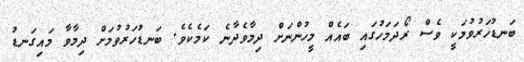
ބަނޑުހަރުވުމަކީ ވެސް ރޯދަމަހުގައި ބައެއް މީހުންނަށް ދިމާވެދާނެ ކަމެކެވެ. ބަނޑުހަރުވުމަށް ދިމާވާ މައިގަނޑު